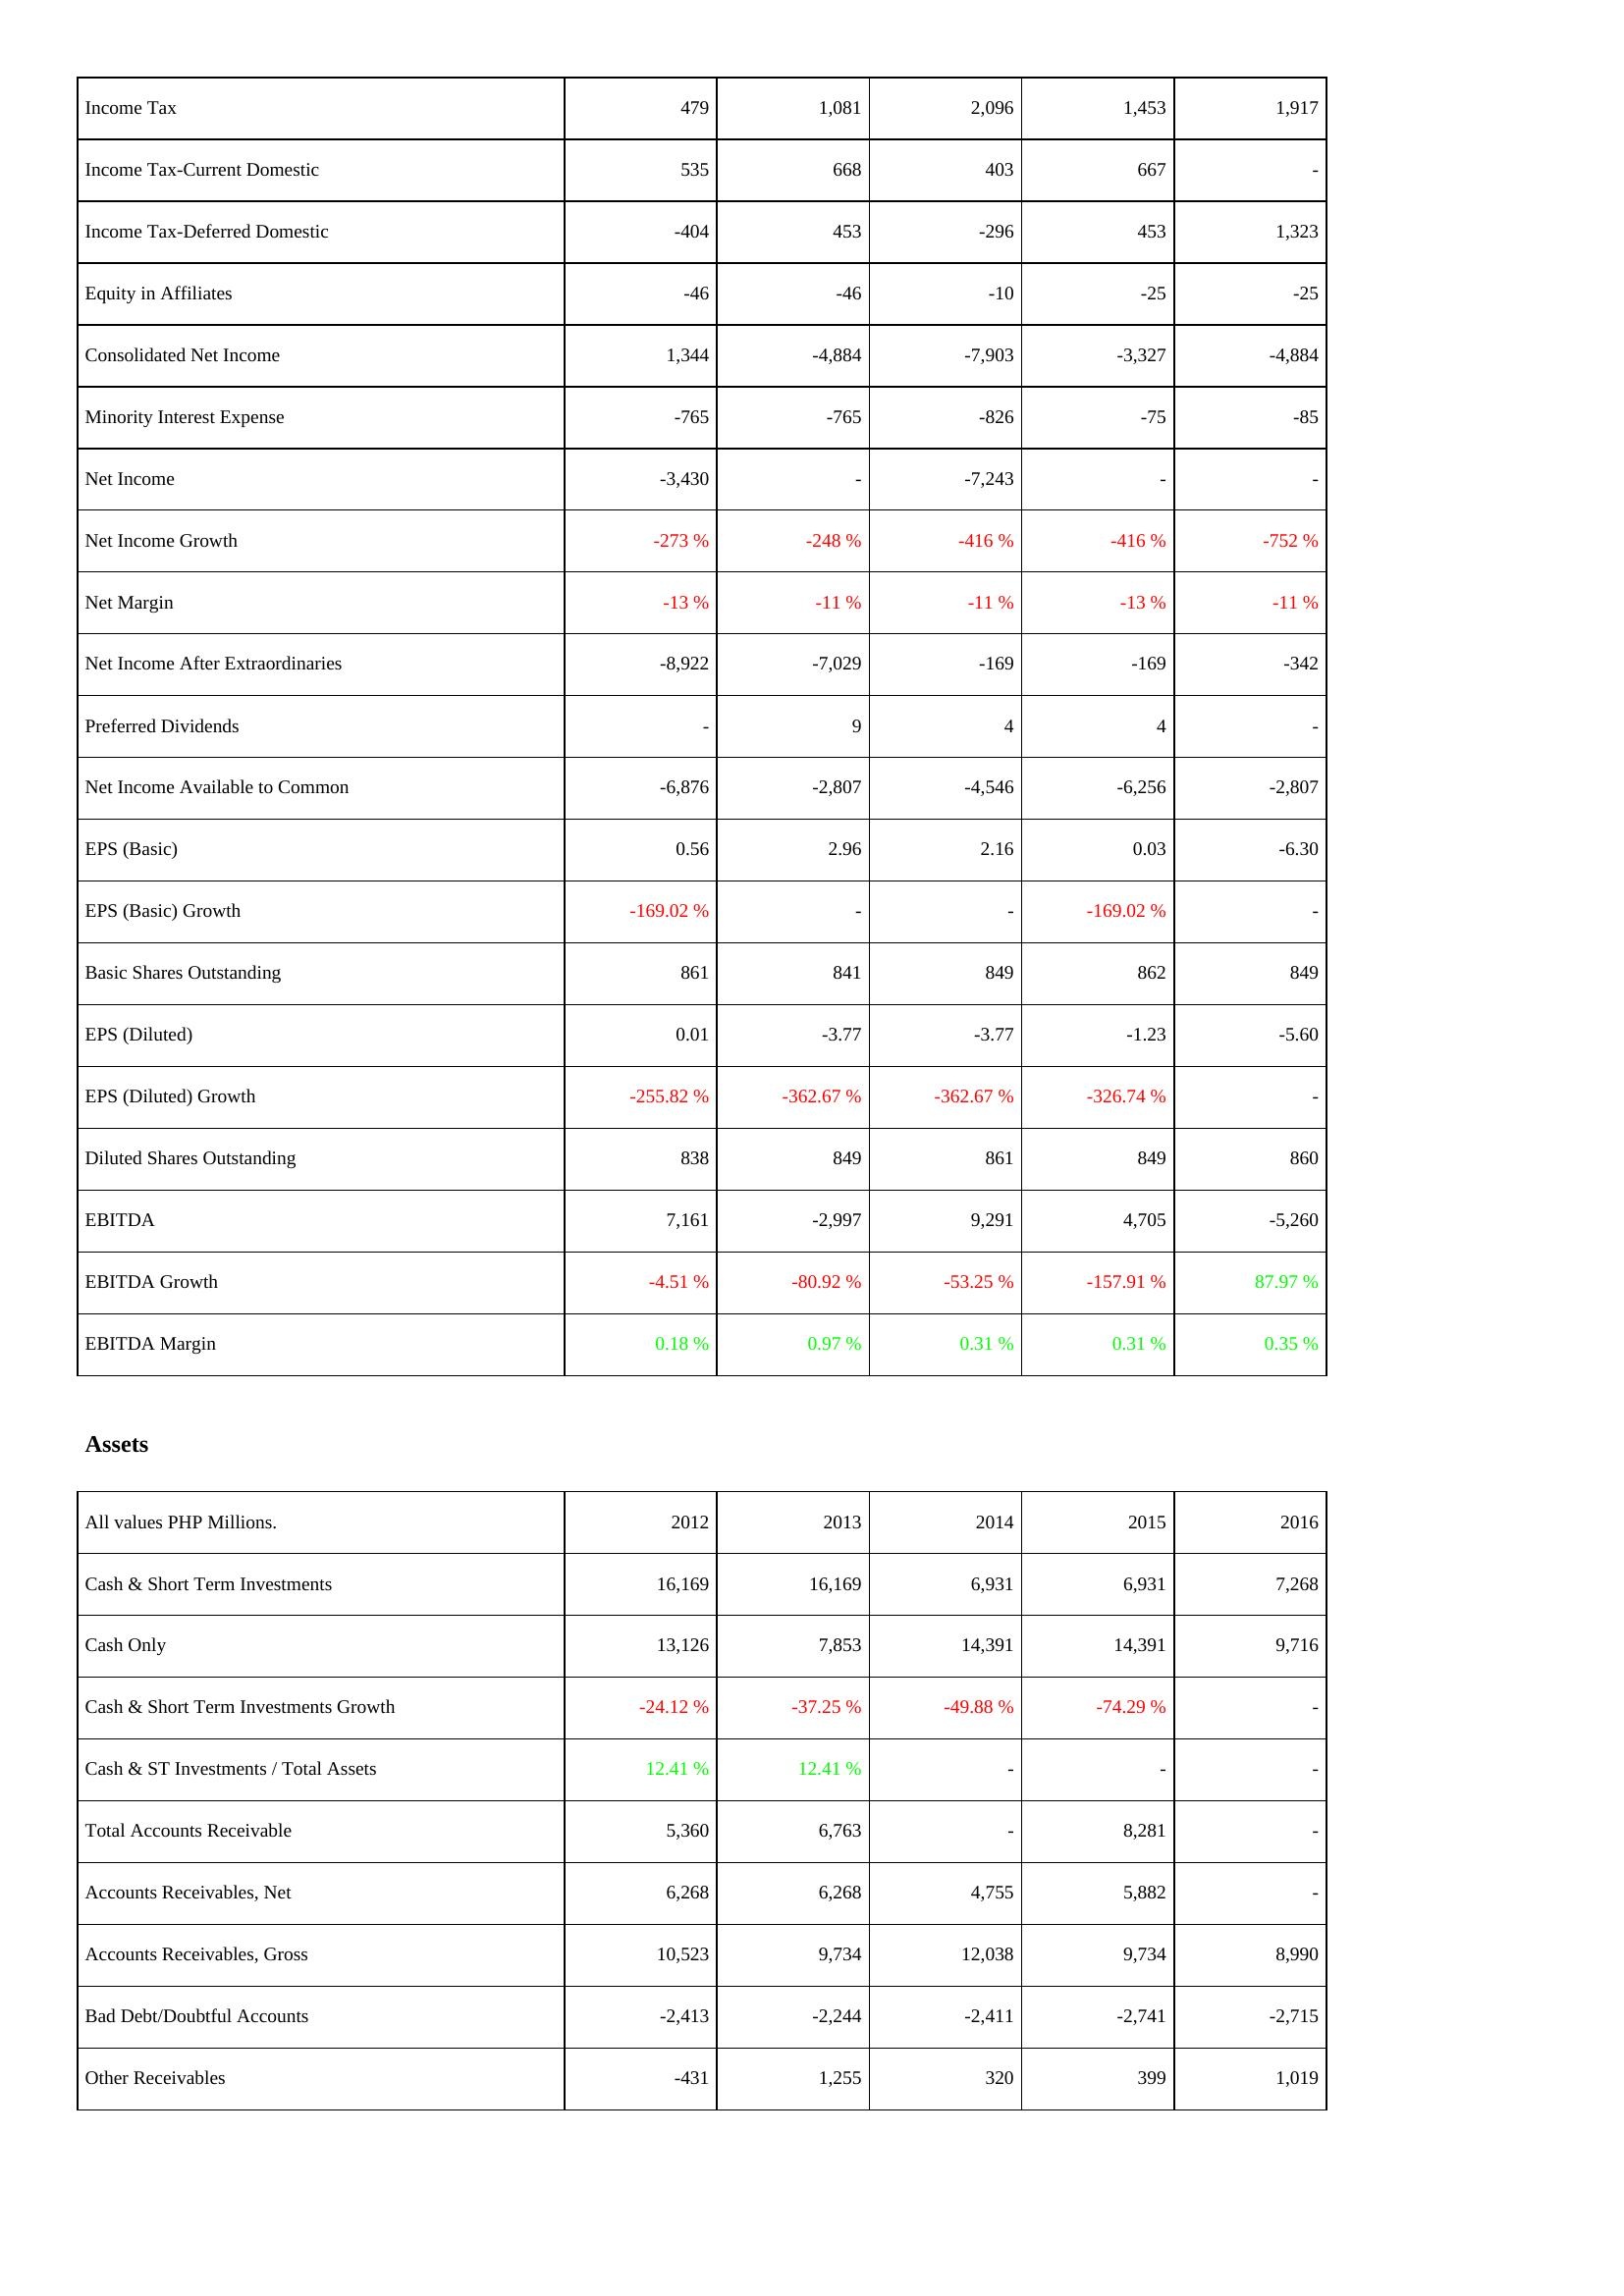
2012: Income Statement: Income Tax: 479
Income Tax-Current Domestic: 535
Income Tax-Deferred Domestic: -404
Equity in Affiliates: -46
Consolidated Net Income: 1,344
Minority Interest Expense: -765
Net Income: -3,430
Net Income Growth: -273 %
Net Margin: -13 %
Net Income After Extraordinaries: -8,922
Preferred Dividends: -
Net Income Available to Common: -6,876
EPS (Basic): 0.56
EPS (Basic) Growth: -169.02 %
Basic Shares Outstanding: 861
EPS (Diluted): 0.01
EPS (Diluted) Growth: -255.82 %
Diluted Shares Outstanding: 838
EBITDA: 7,161
EBITDA Growth: -4.51 %
EBITDA Margin: 0.18 %
Assets: Cash & Short Term Investments: 16,169
Cash Only: 13,126
Cash & Short Term Investments Growth: -24.12 %
Cash & ST Investments / Total Assets: 12.41 %
Total Accounts Receivable: 5,360
Accounts Receivables, Net: 6,268
Accounts Receivables, Gross: 10,523
Bad Debt/Doubtful Accounts: -2,413
Other Receivables: -431
2013: Income Statement: Income Tax: 1,081
Income Tax-Current Domestic: 668
Income Tax-Deferred Domestic: 453
Equity in Affiliates: -46
Consolidated Net Income: -4,884
Minority Interest Expense: -765
Net Income: -
Net Income Growth: -248 %
Net Margin: -11 %
Net Income After Extraordinaries: -7,029
Preferred Dividends: 9
Net Income Available to Common: -2,807
EPS (Basic): 2.96
EPS (Basic) Growth: -
Basic Shares Outstanding: 841
EPS (Diluted): -3.77
EPS (Diluted) Growth: -362.67 %
Diluted Shares Outstanding: 849
EBITDA: -2,997
EBITDA Growth: -80.92 %
EBITDA Margin: 0.97 %
Assets: Cash & Short Term Investments: 16,169
Cash Only: 7,853
Cash & Short Term Investments Growth: -37.25 %
Cash & ST Investments / Total Assets: 12.41 %
Total Accounts Receivable: 6,763
Accounts Receivables, Net: 6,268
Accounts Receivables, Gross: 9,734
Bad Debt/Doubtful Accounts: -2,244
Other Receivables: 1,255
2014: Income Statement: Income Tax: 2,096
Income Tax-Current Domestic: 403
Income Tax-Deferred Domestic: -296
Equity in Affiliates: -10
Consolidated Net Income: -7,903
Minority Interest Expense: -826
Net Income: -7,243
Net Income Growth: -416 %
Net Margin: -11 %
Net Income After Extraordinaries: -169
Preferred Dividends: 4
Net Income Available to Common: -4,546
EPS (Basic): 2.16
EPS (Basic) Growth: -
Basic Shares Outstanding: 849
EPS (Diluted): -3.77
EPS (Diluted) Growth: -362.67 %
Diluted Shares Outstanding: 861
EBITDA: 9,291
EBITDA Growth: -53.25 %
EBITDA Margin: 0.31 %
Assets: Cash & Short Term Investments: 6,931
Cash Only: 14,391
Cash & Short Term Investments Growth: -49.88 %
Cash & ST Investments / Total Assets: -
Total Accounts Receivable: -
Accounts Receivables, Net: 4,755
Accounts Receivables, Gross: 12,038
Bad Debt/Doubtful Accounts: -2,411
Other Receivables: 320
2015: Income Statement: Income Tax: 1,453
Income Tax-Current Domestic: 667
Income Tax-Deferred Domestic: 453
Equity in Affiliates: -25
Consolidated Net Income: -3,327
Minority Interest Expense: -75
Net Income: -
Net Income Growth: -416 %
Net Margin: -13 %
Net Income After Extraordinaries: -169
Preferred Dividends: 4
Net Income Available to Common: -6,256
EPS (Basic): 0.03
EPS (Basic) Growth: -169.02 %
Basic Shares Outstanding: 862
EPS (Diluted): -1.23
EPS (Diluted) Growth: -326.74 %
Diluted Shares Outstanding: 849
EBITDA: 4,705
EBITDA Growth: -157.91 %
EBITDA Margin: 0.31 %
Assets: Cash & Short Term Investments: 6,931
Cash Only: 14,391
Cash & Short Term Investments Growth: -74.29 %
Cash & ST Investments / Total Assets: -
Total Accounts Receivable: 8,281
Accounts Receivables, Net: 5,882
Accounts Receivables, Gross: 9,734
Bad Debt/Doubtful Accounts: -2,741
Other Receivables: 399
2016: Income Statement: Income Tax: 1,917
Income Tax-Current Domestic: -
Income Tax-Deferred Domestic: 1,323
Equity in Affiliates: -25
Consolidated Net Income: -4,884
Minority Interest Expense: -85
Net Income: -
Net Income Growth: -752 %
Net Margin: -11 %
Net Income After Extraordinaries: -342
Preferred Dividends: -
Net Income Available to Common: -2,807
EPS (Basic): -6.30
EPS (Basic) Growth: -
Basic Shares Outstanding: 849
EPS (Diluted): -5.60
EPS (Diluted) Growth: -
Diluted Shares Outstanding: 860
EBITDA: -5,260
EBITDA Growth: 87.97 %
EBITDA Margin: 0.35 %
Assets: Cash & Short Term Investments: 7,268
Cash Only: 9,716
Cash & Short Term Investments Growth: -
Cash & ST Investments / Total Assets: -
Total Accounts Receivable: -
Accounts Receivables, Net: -
Accounts Receivables, Gross: 8,990
Bad Debt/Doubtful Accounts: -2,715
Other Receivables: 1,019